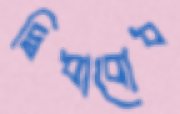
দ্বিধাবোধ